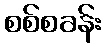
စစ်စခန်း